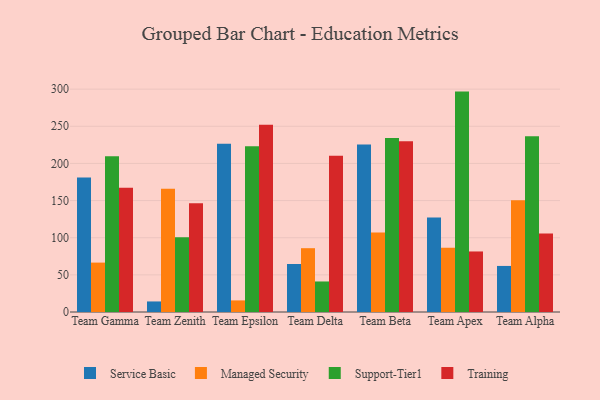
{"axis": {"x": "Team", "y": "Energy Usage (MWh)"}, "legend": ["Managed Security", "Service Basic", "Support-Tier1", "Training"], "data": [{"x": "Team Gamma", "y": 180.9, "type": "Service Basic"}, {"x": "Team Gamma", "y": 66.5, "type": "Managed Security"}, {"x": "Team Gamma", "y": 209.8, "type": "Support-Tier1"}, {"x": "Team Gamma", "y": 167.4, "type": "Training"}, {"x": "Team Zenith", "y": 14.2, "type": "Service Basic"}, {"x": "Team Zenith", "y": 165.9, "type": "Managed Security"}, {"x": "Team Zenith", "y": 100.7, "type": "Support-Tier1"}, {"x": "Team Zenith", "y": 146.5, "type": "Training"}, {"x": "Team Epsilon", "y": 226.6, "type": "Service Basic"}, {"x": "Team Epsilon", "y": 15.6, "type": "Managed Security"}, {"x": "Team Epsilon", "y": 223.1, "type": "Support-Tier1"}, {"x": "Team Epsilon", "y": 252.0, "type": "Training"}, {"x": "Team Delta", "y": 64.6, "type": "Service Basic"}, {"x": "Team Delta", "y": 85.9, "type": "Managed Security"}, {"x": "Team Delta", "y": 41.1, "type": "Support-Tier1"}, {"x": "Team Delta", "y": 210.5, "type": "Training"}, {"x": "Team Beta", "y": 225.4, "type": "Service Basic"}, {"x": "Team Beta", "y": 107.1, "type": "Managed Security"}, {"x": "Team Beta", "y": 234.2, "type": "Support-Tier1"}, {"x": "Team Beta", "y": 229.9, "type": "Training"}, {"x": "Team Apex", "y": 127.3, "type": "Service Basic"}, {"x": "Team Apex", "y": 86.6, "type": "Managed Security"}, {"x": "Team Apex", "y": 296.7, "type": "Support-Tier1"}, {"x": "Team Apex", "y": 81.5, "type": "Training"}, {"x": "Team Alpha", "y": 62.0, "type": "Service Basic"}, {"x": "Team Alpha", "y": 150.5, "type": "Managed Security"}, {"x": "Team Alpha", "y": 236.7, "type": "Support-Tier1"}, {"x": "Team Alpha", "y": 105.8, "type": "Training"}]}